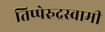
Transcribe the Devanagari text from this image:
तिप्पेरुद्रस्वामी